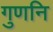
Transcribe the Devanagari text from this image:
गुणनि